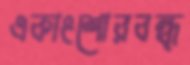
একাংশোরবন্ধ্